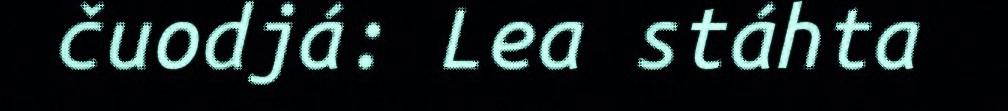
čuodjá: Lea stáhta